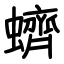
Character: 蠐